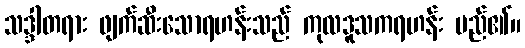
သဒ္ဒါတရား ဖျက်ဆီးသောရဟန်းသည် ကုလဒူသကရဟန်း မည်၏။